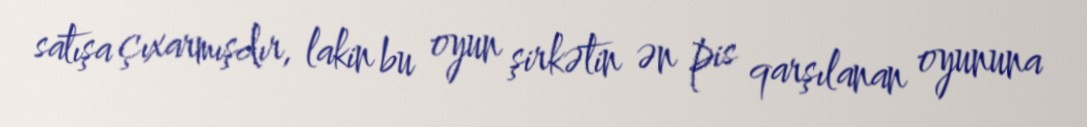
satışa çıxarmışdır, lakin bu oyun şirkətin ən pis qarşılanan oyununa